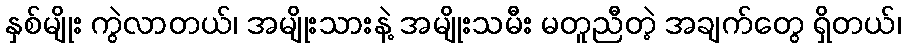
နှစ်မျိုး ကွဲလာတယ်၊ အမျိုးသားနဲ့ အမျိုးသမီး မတူညီတဲ့ အချက်တွေ ရှိတယ်၊